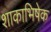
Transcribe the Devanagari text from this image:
शाकाभिषेक